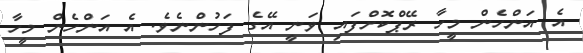
އެ އަންހެން މީހާ ރޭޕްކޮށްފައި ވަނީ އޭގެ ފަހުންނެވެ. އެ އަންހެން މީހާ